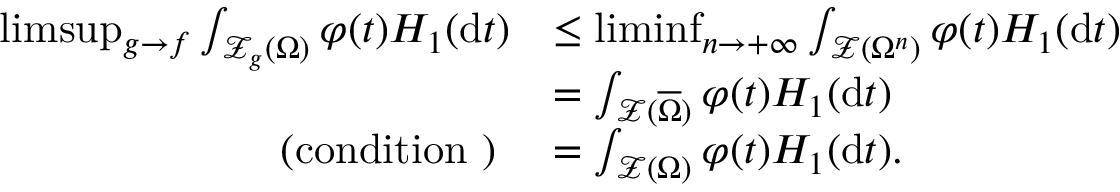
\begin{array} { r l } { \operatorname* { l i m s u p } _ { g \to f } \int _ { \mathcal { Z } _ { g } ( \Omega ) } \varphi ( t ) H _ { 1 } ( \mathrm { d } t ) } & { \leq \operatorname* { l i m i n f } _ { n \to + \infty } \int _ { \mathcal { Z } ( \Omega ^ { n } ) } \varphi ( t ) H _ { 1 } ( \mathrm { d } t ) } \\ & { = \int _ { \mathcal { Z } ( \overline { { \Omega } } ) } \varphi ( t ) H _ { 1 } ( \mathrm { d } t ) } \\ { \mathrm { ( c o n d i t i o n ~ ) ~ } } & { = \int _ { \mathcal { Z } ( \Omega ) } \varphi ( t ) H _ { 1 } ( \mathrm { d } t ) . } \end{array}